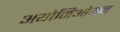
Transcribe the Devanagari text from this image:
अयोनिओयन